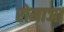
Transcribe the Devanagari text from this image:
रोमाञा